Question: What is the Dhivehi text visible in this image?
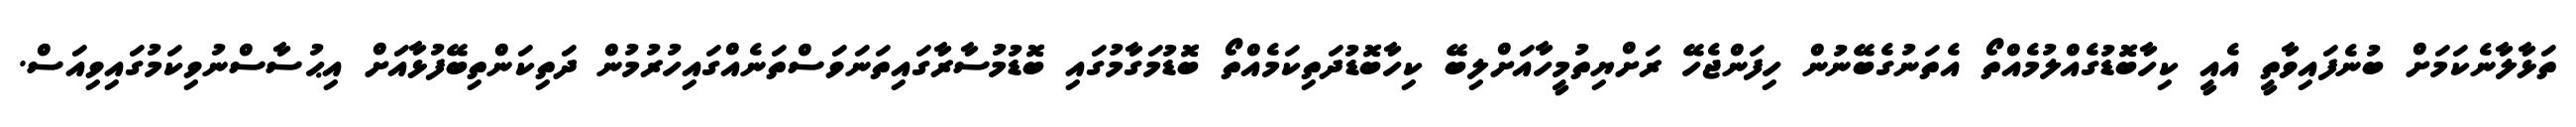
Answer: ތަޅާލާނެކަމަށް ބުނެފައިވާތީ އެއީ ކިހާބޮޑުގެއްލުމެއްތޯ އެތަނުގެބޭނުން ހިފަންޖެހޭ ރަށްޔިތުމީހާއަށްލިބޭ ކިހާބޮޑުދަތިކަމެއްތޯ ބޮޑުމަގާމުގައި ބޮޑުމުސާރާގައިތަނަވަސްތަނެއްގައިހުރުމުން ދަތިކަންތިބޭފުޅާއަށް އިޙުސާސްނުވިކަމުގައިވިއަސް.